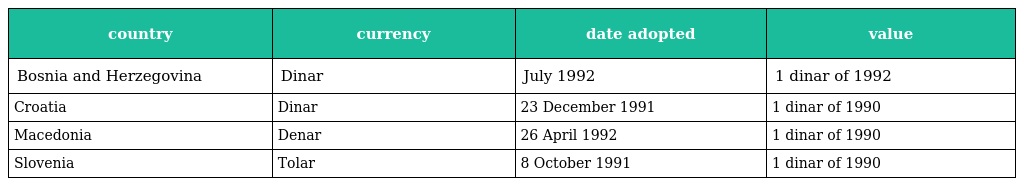
| country | currency | date adopted | value |
 | --- | --- | --- | --- |
 | Bosnia and Herzegovina | Dinar | July 1992 | 1 dinar of 1992 |
 | Croatia | Dinar | 23 December 1991 | 1 dinar of 1990 |
 | Macedonia | Denar | 26 April 1992 | 1 dinar of 1990 |
 | Slovenia | Tolar | 8 October 1991 | 1 dinar of 1990 |